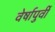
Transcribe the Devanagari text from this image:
वेर्षापुर्वी